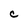
Character: C